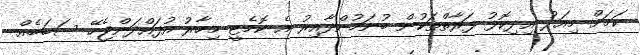
ކަމަށް މިއަދު އިދިކޮޅު ފަރާތްތަކުން ބުނަމުންދާއިރު އެ ކޮމެޓީ މިހާރު އުފައްދަންޖެހޭ ސަބަބެއް